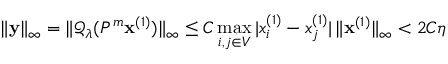
\| \mathbf { y } \| _ { \infty } = \| \mathcal { Q } _ { \lambda } ( P ^ { m } \mathbf { x } ^ { ( 1 ) } ) \| _ { \infty } \le C \operatorname* { m a x } _ { i , j \in V } | x _ { i } ^ { ( 1 ) } - x _ { j } ^ { ( 1 ) } | \, \| \mathbf { x } ^ { ( 1 ) } \| _ { \infty } < 2 C \eta